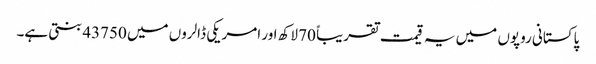
پاکستانی روپوں میں یہ قیمت تقریباً 70 لاکھ اور امریکی ڈالروں میں 43750 بنتی ہے۔